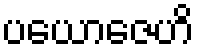
ပယောဇေဟိ